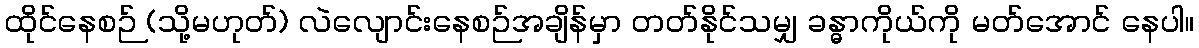
ထိုင်နေစဉ် (သို့မဟုတ်) လဲလျောင်းနေစဉ်အချိန်မှာ တတ်နိုင်သမျှ ခန္ဓာကိုယ်ကို မတ်အောင် နေပါ။